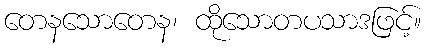
တေနသောတေန၊ ထိုသောတပသာဒဖြင့်။